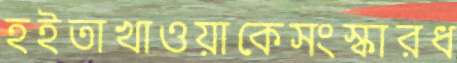
হইতাখাওয়াকেসংস্কারধ